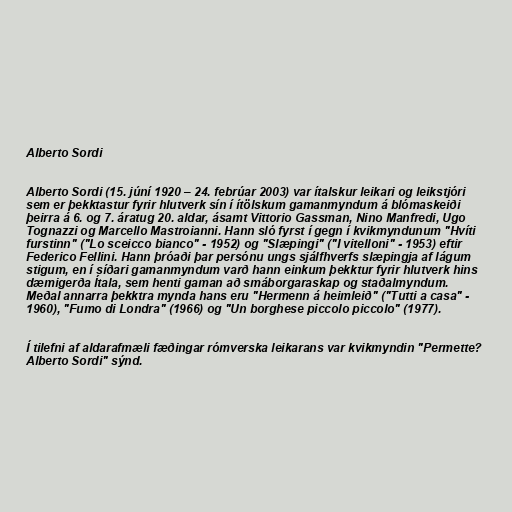
Alberto Sordi

Alberto Sordi (15. júní 1920 – 24. febrúar 2003) var ítalskur leikari og leikstjóri
sem er þekktastur fyrir hlutverk sín í ítölskum gamanmyndum á blómaskeiði
þeirra á 6. og 7. áratug 20. aldar, ásamt Vittorio Gassman, Nino Manfredi, Ugo
Tognazzi og Marcello Mastroianni. Hann sló fyrst í gegn í kvikmyndunum "Hvíti
furstinn" ("Lo sceicco bianco" - 1952) og "Slæpingi" ("I vitelloni" - 1953) eftir
Federico Fellini. Hann þróaði þar persónu ungs sjálfhverfs slæpingja af lágum
stigum, en í síðari gamanmyndum varð hann einkum þekktur fyrir hlutverk hins
dæmigerða Ítala, sem henti gaman að smáborgaraskap og staðalmyndum.
Meðal annarra þekktra mynda hans eru "Hermenn á heimleið" ("Tutti a casa" -
1960), "Fumo di Londra" (1966) og "Un borghese piccolo piccolo" (1977).

Í tilefni af aldarafmæli fæðingar rómverska leikarans var kvikmyndin "Permette?
Alberto Sordi" sýnd.